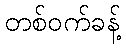
တစ်ဝက်ခန့်